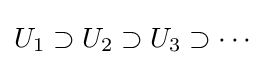
U_{1}\supset U_{2}\supset U_{3}\supset \cdots